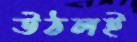
উঠলই